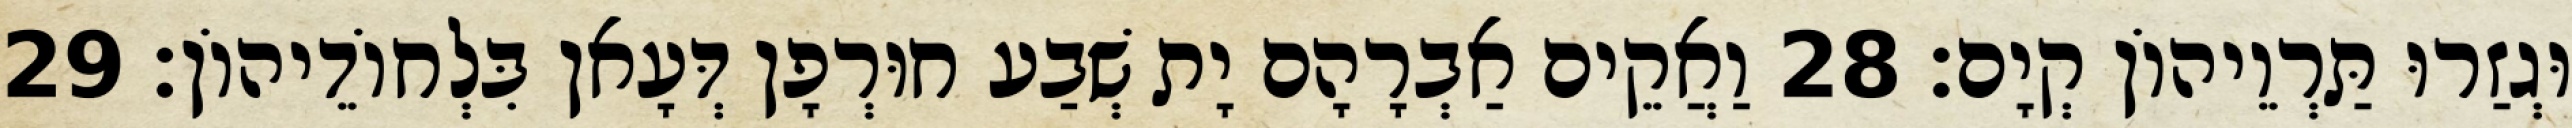
וּגְזַרוּ תַּרְוֵיהוֹן קְיָם׃ 28 וַאֲקֵים אַבְרָהָם יָת שְׁבַע חוּרְפָן דְּעָאן בִּלְחוֹדֵיהוֹן׃ 29